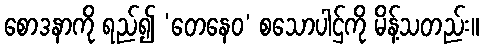
စောဒနာကို ရည်၍ ‘တေနေဝ’ စသောပါဌ်ကို မိန့်သတည်း။